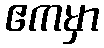
ဧကမှာ